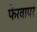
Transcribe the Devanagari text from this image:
फेरवापर